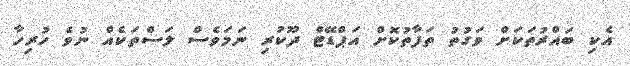
އެކި ބައްރުތަކަށް ވަގުތު ތަފާތުކޮށް އަޕްޑޭޓް ދޫކުރި ނަމަވެސް ލަސްތަކެއް ނުވެ ހުރިހާ